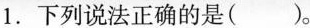
1.下列说法正确的是()。